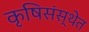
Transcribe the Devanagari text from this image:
कृषिसंस्थेत